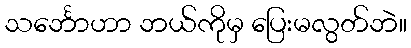
သင်္ဘောဟာ ဘယ်ကိုမှ ပြေးမလွတ်ဘဲ။